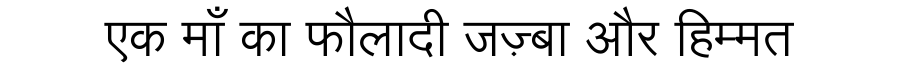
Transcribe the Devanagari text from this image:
एक माँ का फौलादी जज़्बा और हिम्मत